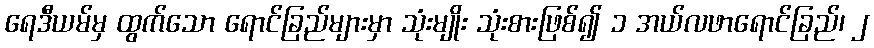
ရေဒီယမ်မှ ထွက်သော ရောင်ခြည်များမှာ သုံးမျိုး သုံးစားဖြစ်၍ ၁ အယ်လဖာရောင်ခြည်၊ ၂